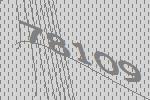
78109